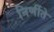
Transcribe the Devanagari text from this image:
निर्णीते